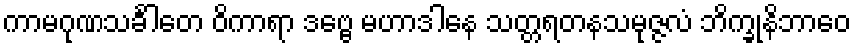
ကာမဂုဏသင်္ခါတေ ဝိကာရာ ဒဗ္ဗေ မဟာဒါနေ သတ္တရတနသမုဇ္ဇလံ ဘိက္ခုနိဘာဝေ